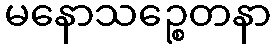
မနောသဉ္စေတနာ